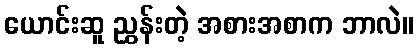
ယောင်းဆူ ညွှန်းတဲ့ အစားအစာက ဘာလဲ။